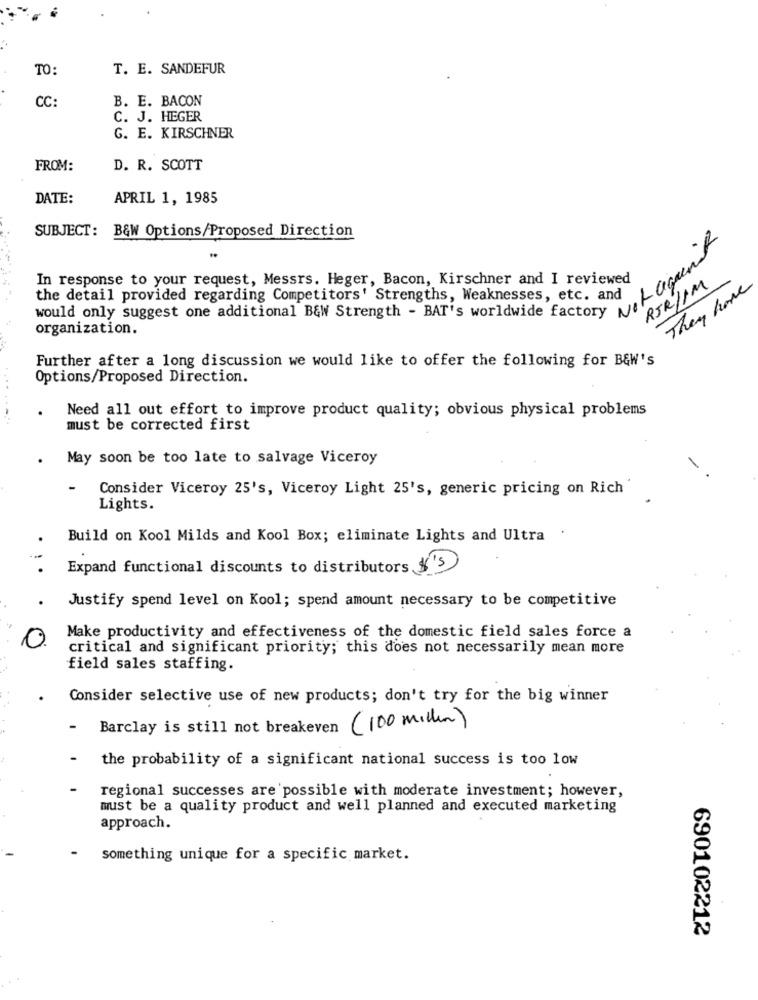
TO:
T. E. SANDEFUR
CC:
B. E. BACON
C. J. HEGER
G. E. KIRSCHNER
FROM:
D. R. SCOTT
DATE:
APRIL 1, 1985
SUBJECT: B&W Options/Proposed Direction
In response to your request, Messrs. Heger, Bacon, Kirschner and I reviewed
RJR/IM
They have
the detail provided regarding Competitors' Strengths, Weaknesses, etc. and
muld only suggest one additional bai Strength - BAT's worldwide, etc. and 100
organization.
Further after a long discussion we would like to offer the following for B&W's
Options/Proposed Direction.
.........
Need all out effort to improve product quality; obvious physical problems
must be corrected first
May soon be too late to salvage Viceroy
-
Consider Viceroy 25's, Viceroy Light 25's, generic pricing on Rich
Lights.
Build on Kool Milds and Kool Box; eliminate Lights and Ultra
Expand functional discounts to distributors $'s
Justify spend level on Kool; spend amount necessary to be competitive
Make productivity and effectiveness of the domestic field sales force a
critical and significant priority; this does not necessarily mean more
field sales staffing.
Consider selective use of new products; don't try for the big winner
-
Barclay is still not breakeven (100 million)
-
the probability of a significant national success is too low
regional successes are possible with moderate investment; however,
must be a quality product and well planned and executed marketing
approach.
something unique for a specific market.
690102212